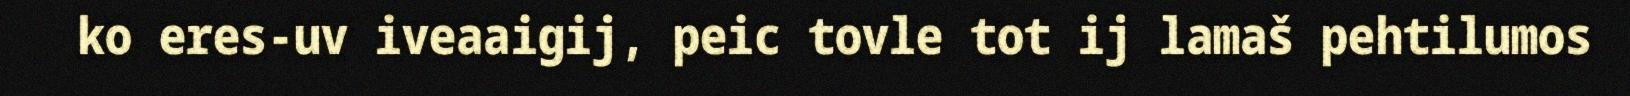
ko eres-uv iveaaigij, peic tovle tot ij lamaš pehtilumos